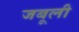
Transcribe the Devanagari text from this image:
जबूली